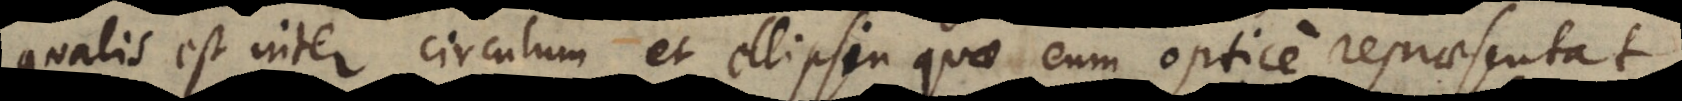
qualis est inter circulum et ellipsin quae eum optice repraesenta